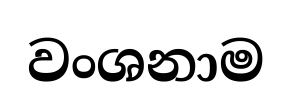
වංශනාම